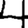
Digit: 4